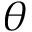
\theta